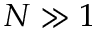
N \gg 1